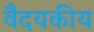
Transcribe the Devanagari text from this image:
वैदयकीय